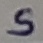
Text: S